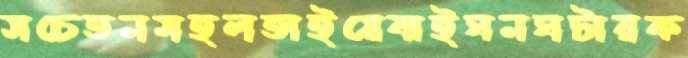
সচেতনমহলতাইয়েবাইঘনঘটারক